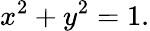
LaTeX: x^{2}+y^{2}=1.